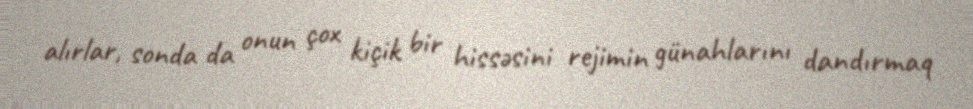
alırlar, sonda da onun çox kiçik bir hissəsini rejimin günahlarını dandırmaq